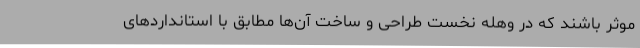
موثر باشند که در وهله نخست طراحی و ساخت آن‌ها مطابق با استانداردهای